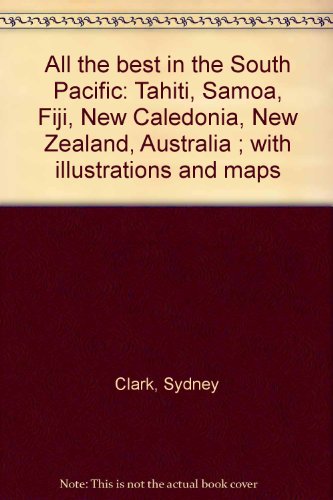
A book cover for All the best in the South Pacific: Tahiti, Samoa, Fiji, New Caledonia, New Zealand, Australia ; with illustrations and maps; Sydney Clark; Travel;